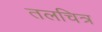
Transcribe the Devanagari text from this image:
तलचित्र